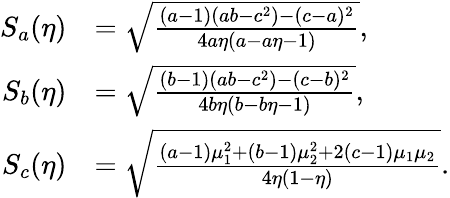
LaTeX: \begin{array}{rl}{S_{a}(\eta)}&{=\sqrt{\frac{(a-1)(ab-c^{2})-(c-a)^{2}}{4a\eta(a-a\eta-1)}},}\\ {S_{b}(\eta)}&{=\sqrt{\frac{(b-1)(ab-c^{2})-(c-b)^{2}}{4b\eta(b-b\eta-1)}},}\\ {S_{c}(\eta)}&{=\sqrt{\frac{(a-1)\mu_{1}^{2}+(b-1)\mu_{2}^{2}+2(c-1)\mu_{1}\mu_{2}}{4\eta(1-\eta)}}.}\end{array}